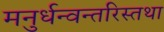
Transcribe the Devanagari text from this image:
मनुर्धन्वन्तरिस्तथा